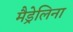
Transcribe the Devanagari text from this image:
मैड्रेलिना